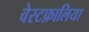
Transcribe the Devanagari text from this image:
वेस्टफ़ालिया